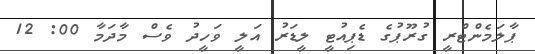
ޕާލަމެންޓްރީ ގުރޫޕުގެ ޑެޕިއުޓީ ލީޑަރު އަލީ ވަހީދު ވެސް މާދަމާ 00: 12